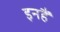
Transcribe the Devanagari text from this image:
इनहैं